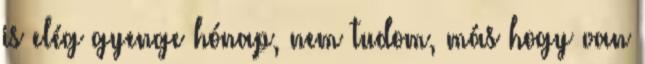
is elég gyenge hónap, nem tudom, más hogy van